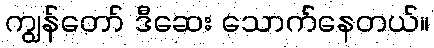
ကျွန်တော် ဒီဆေး သောက်နေတယ်။